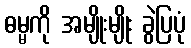
ဓမ္မကို အမျိုးမျိုး ခွဲပြပုံ